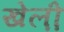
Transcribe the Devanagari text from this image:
खेल़ो़ं